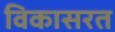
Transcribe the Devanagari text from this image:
विकासरत